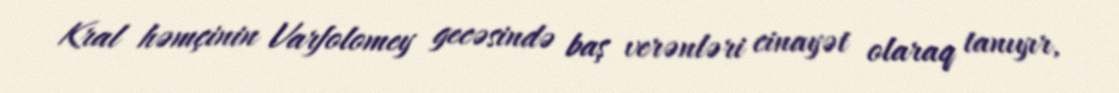
Kral həmçinin Varfolomey gecəsində baş verənləri cinayət olaraq tanıyır,